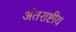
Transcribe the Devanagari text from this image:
अंतराष्टीय